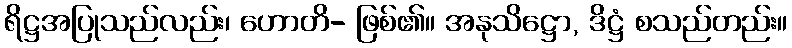
ရိဋ္ဌအပြုသည်လည်း၊ ဟောတိ- ဖြစ်၏။ အနုသိဋ္ဌော, ဒိဋ္ဌံ စသည်တည်း။